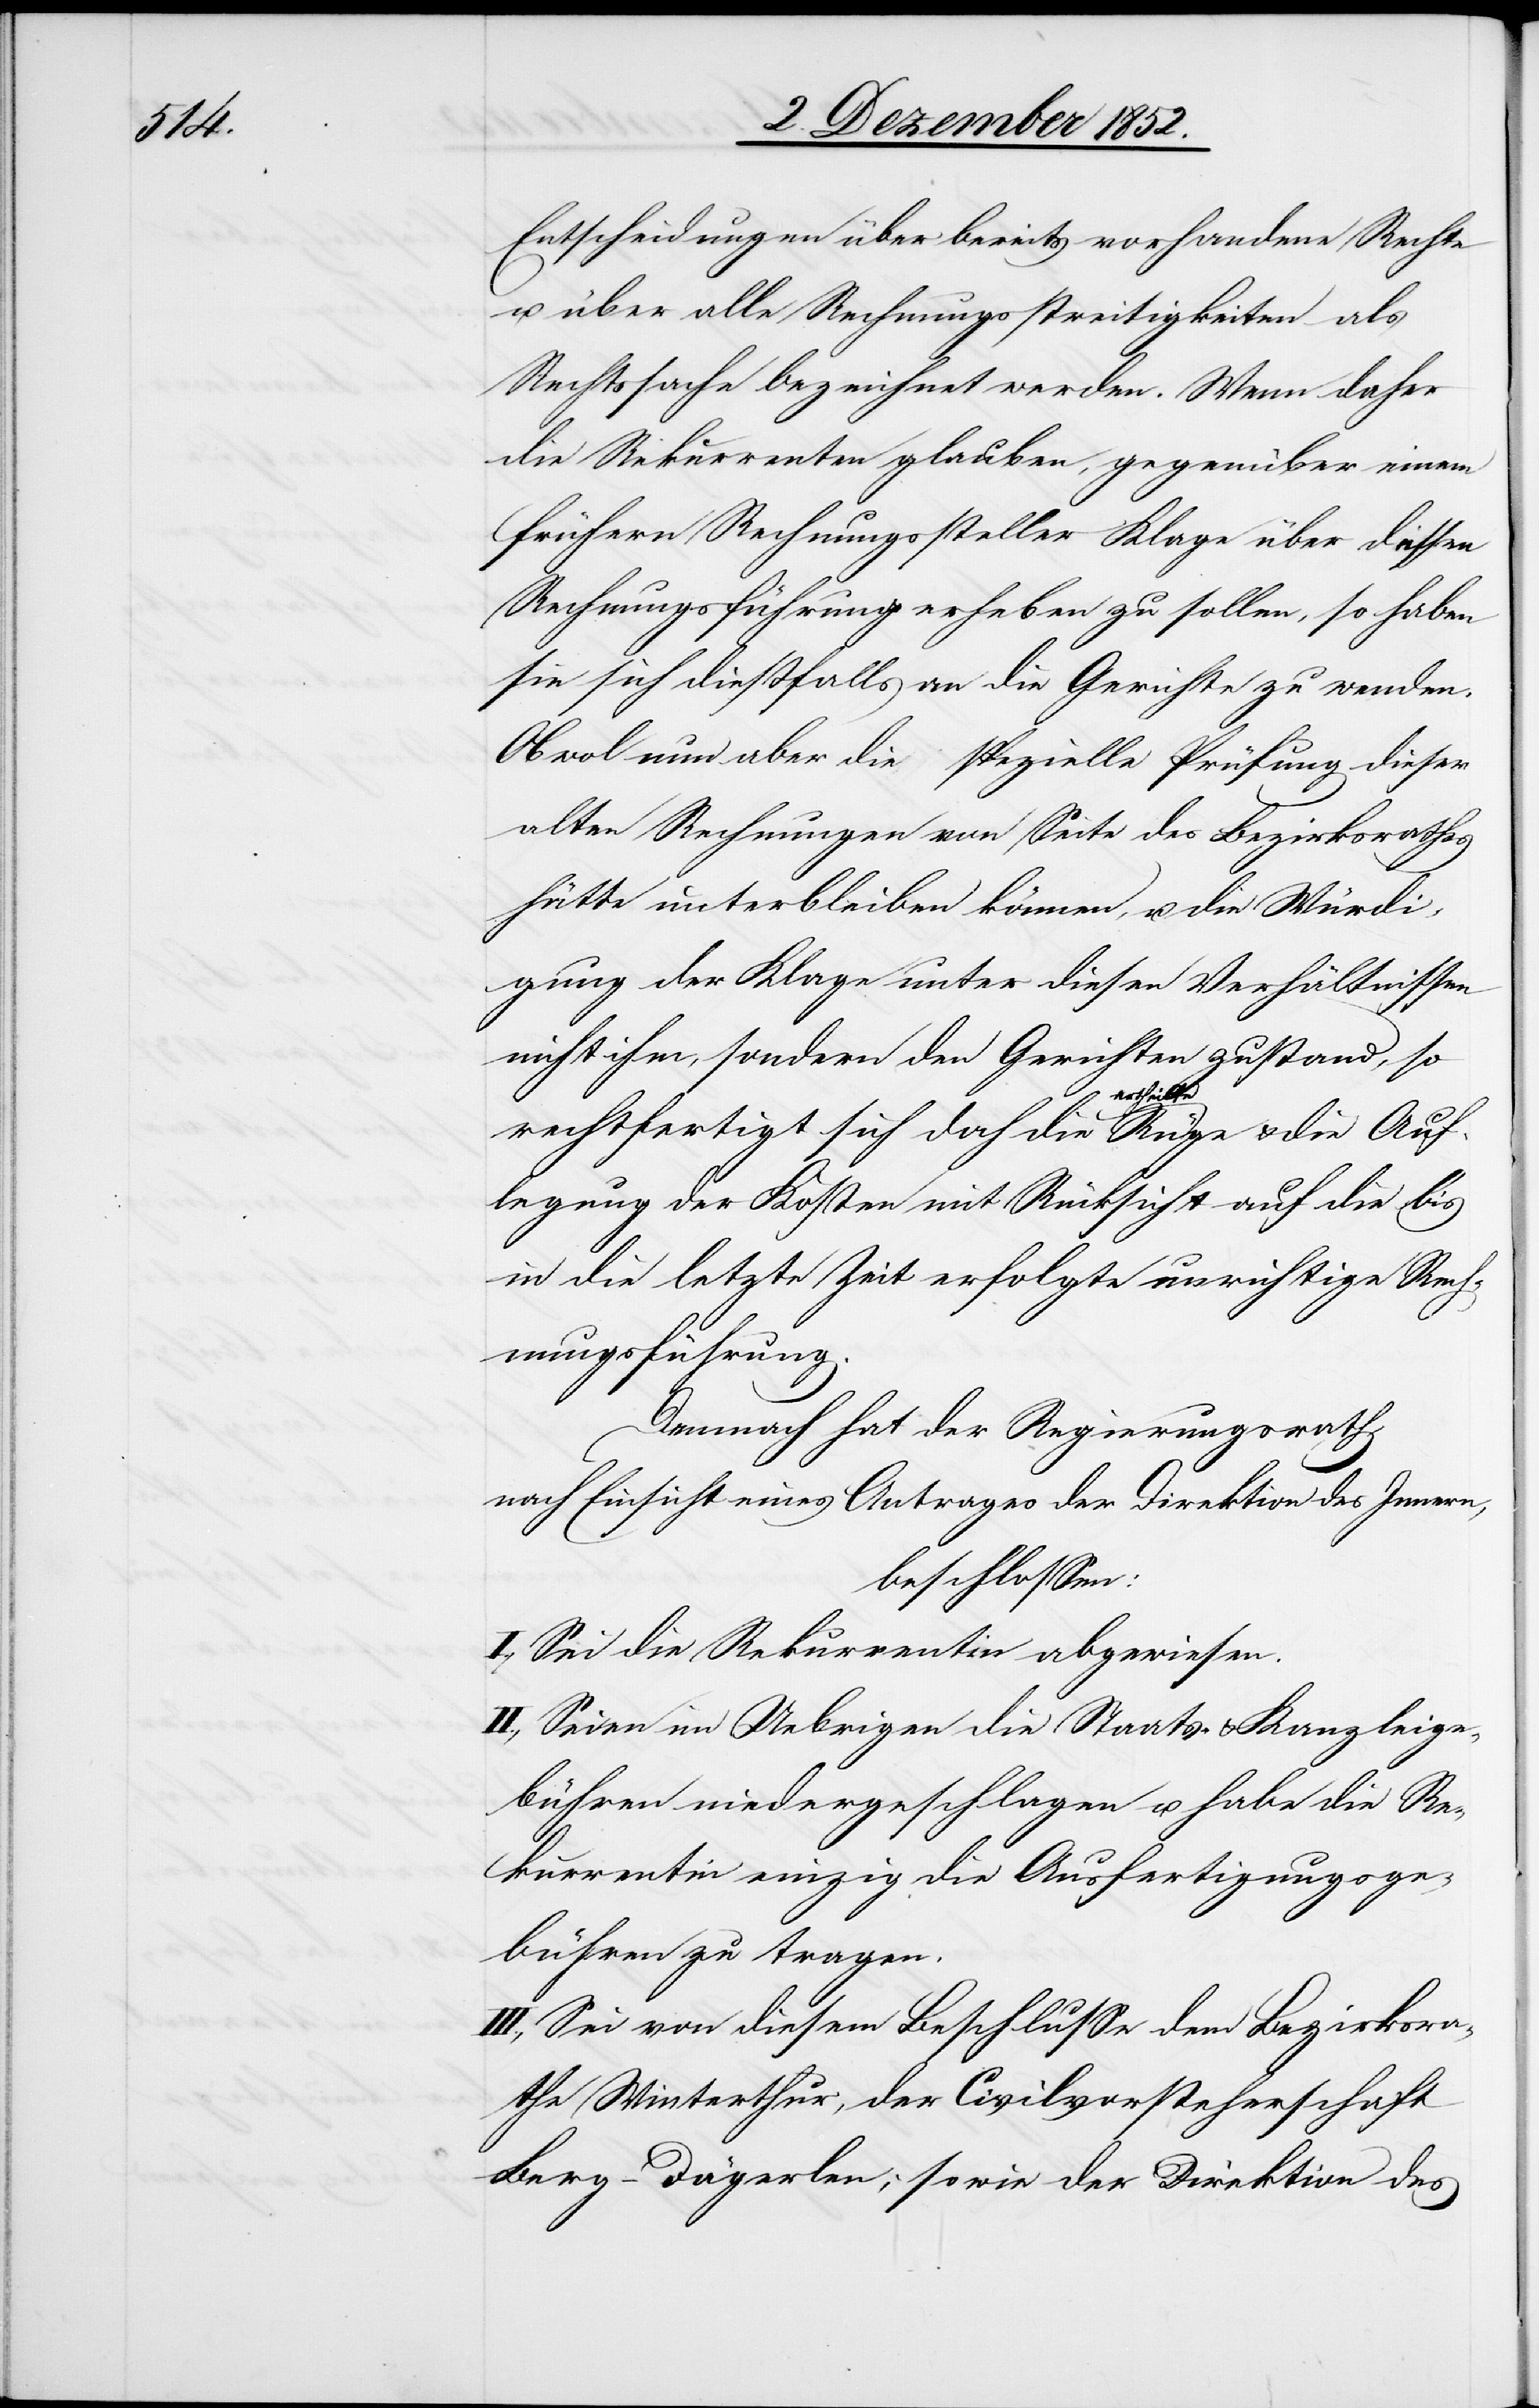
Entscheidungen über bereits vorhandene Rechte
u. über alle Rechnungsstreitigkeiten als
Rechtssache bezeichnet werden. Wenn daher
die Rekurrenten glauben, gegenüber einem
frühern Rechnungssteller Klage über dessen
Rechnungsführung erheben zu sollen, so haben
sie sich dießfalls an die Gerichte zu wenden.
Obwol nun aber die spezielle Prüfung dieser
alten Rechnungen von Seite des Bezirksrathes
hätte unterbleiben können, u. die Würdi¬
gung der Klage unter diesen Verhältnissen
nicht ihm, sondern den Gerichten zustand, so
rechtfertigt sich doch die ertheilte Rüge & die Auf¬
legung der Kosten mit Rücksicht auf die bis
in die letzte Zeit erfolgte unrichtige Rech¬
nungsführung.
Demnach hat der Regierungsrath,
nach Einsicht eines Antrages der Direktion des Innern,
beschlossen:
I., Sei die Rekurrentin abgewiesen.
II., Seien im Uebrigen die Staats- & Kanzleige¬
bühren niedergeschlagen u. habe die Re¬
kurrentin einzig die Ausfertigungsge¬
bühren zu tragen.
III., Sei von diesem Beschlusse dem Bezirksra¬
the Winterthur, der Civilvorsteherschaft
Berg-Dägerlen, sowie der Direktion des